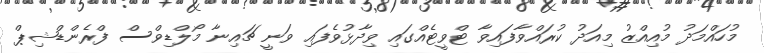
މުހައްމަދު މުއިއްޒު މިއަދު ކުރައްވާފައިވާ ޓްވީޓެއްގައި ވިދާޅުވެފައި ވަނީ ޗައިނާ މޯލްޑިވްސް ފްރެންޑްޝިޕް